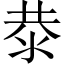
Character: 㳟